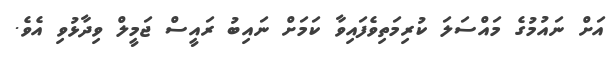
އަށް ނައުމުގެ މައްސަލަ ކުރިމަތިވެފައިވާ ކަމަށް ނައިބު ރައީސް ޖަމީލް ވިދާޅުވި އެވެ.